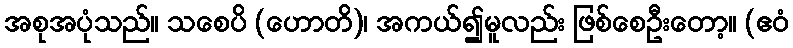
အစုအပုံသည်။ သစေပိ (ဟောတိ)၊ အကယ်၍မူလည်း ဖြစ်စေဦးတော့။ (ဧဝံ